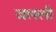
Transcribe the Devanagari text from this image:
जलली